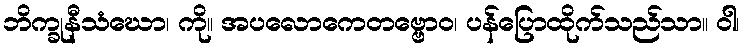
ဘိက္ခုနီသံဃော၊ ကို။ အပလောကေတဗ္ဗောဝ၊ ပန်ပြောထိုက်သည်သာ။ ဝါ၊